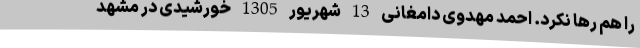
را هم رها نکرد. احمد مهدوی دامغانی 13 شهریور 1305 خورشیدی در مشهد